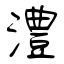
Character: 澧